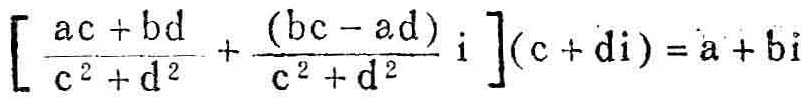
\[\left[\frac{ac + bd}{c^{2}+d^{2}}+\frac{(bc - ad)}{c^{2}+d^{2}}\mathrm{i}\right](c + d\mathrm{i}) = a + b\mathrm{i}\]